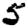
Digit: 5